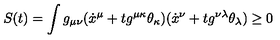
S ( t ) = \int g _ { \mu \nu } ( \dot { x } ^ { \mu } + t g ^ { \mu \kappa } \theta _ { \kappa } ) ( \dot { x } ^ { \nu } + t g ^ { \nu \lambda } \theta _ { \lambda } ) \geq 0